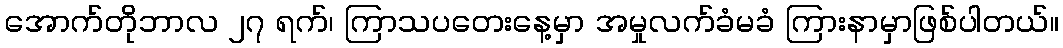
အောက်တိုဘာလ ၂၇ ရက်၊ ကြာသပတေးနေ့မှာ အမှုလက်ခံမခံ ကြားနာမှာဖြစ်ပါတယ်။